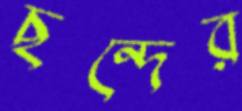
ছন্দের